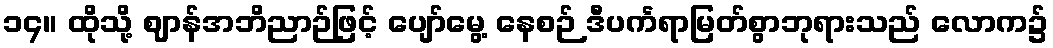
၁၄။ ထိုသို့ ဈာန်အဘိညာဉ်ဖြင့် ပျော်မွေ့ နေစဉ် ဒီပင်္ကရာမြတ်စွာဘုရားသည် လောက၌